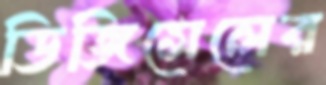
ডিজিসেলের